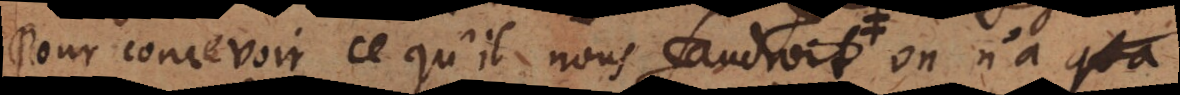
Pour concevoir ce qu’il nous faudroit, on n’a qu